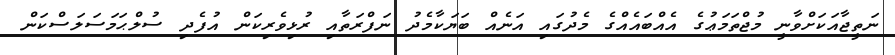
ނަތީޖާއަކަށްވާނީ މުޖްތަމަޢުގެ އެއްބައެއްގެ މެދުގައި އަނެއް ބަޔަކާމެދު ނަފްރަތާއި ރުޅިވެރިކަން އުފެދި ސުލްޙަމަސަލަސްކަން